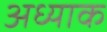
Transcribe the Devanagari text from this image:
अध्याक